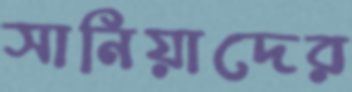
সানিয়াদের